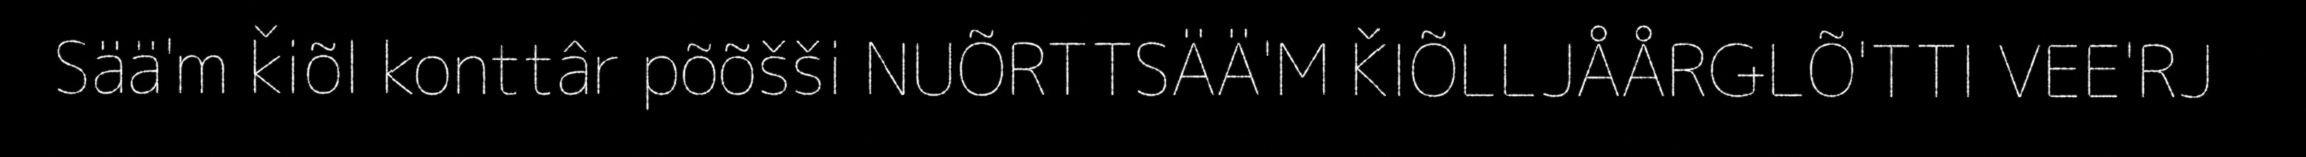
Sää'm ǩiõl konttâr põõšši NUÕRTTSÄÄ'M ǨIÕLLJÅÅRǤLÕ'TTI VEE'RJ